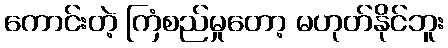
ကောင်းတဲ့ ကြံစည်မှုတော့ မဟုတ်နိုင်ဘူး